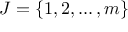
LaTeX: J = \{ 1 , 2 , \ldots , m \}